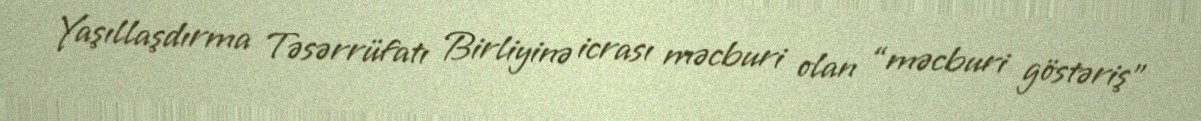
Yaşıllaşdırma Təsərrüfatı Birliyinə icrası məcburi olan “məcburi göstəriş”